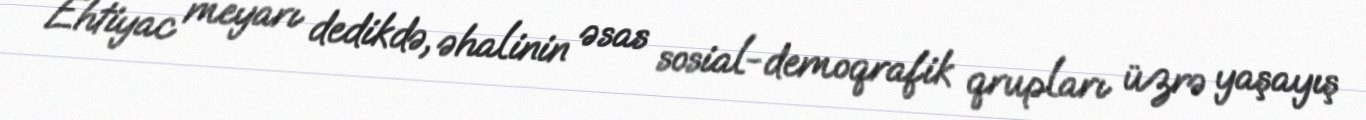
Ehtiyac meyarı dedikdə, əhalinin əsas sosial-demoqrafik qrupları üzrə yaşayış